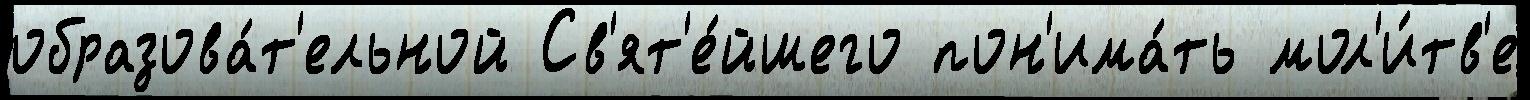
образова́т'ельной Св'ят'е́йшего пон'има́ть мол'и́тв'е